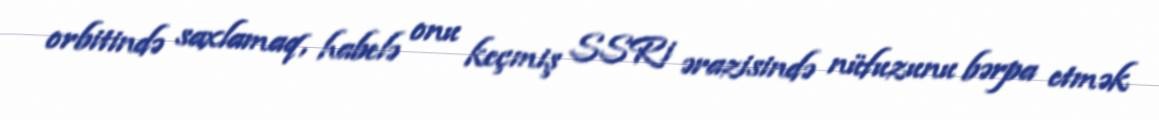
orbitində saxlamaq, habelə onu keçmiş SSRi ərazisində nüfuzunu bərpa etmək